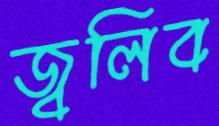
জ্বলিব